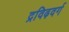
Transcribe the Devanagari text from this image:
द्रविढ़वर्ग